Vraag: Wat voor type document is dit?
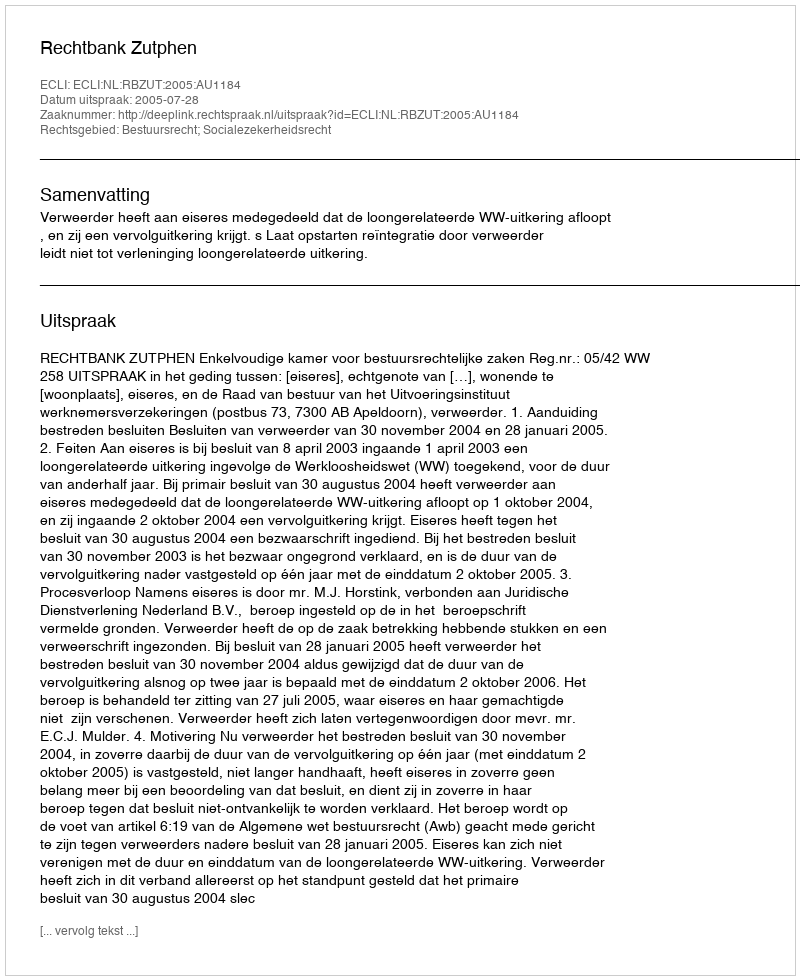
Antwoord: Uitspraak